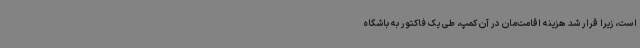
است، زیرا قرار شد هزینه اقامت‌مان در آن کمپ، طی یک فاکتور به باشگاه